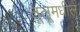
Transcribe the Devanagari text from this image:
तूलूमधील